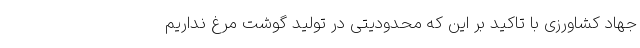
جهاد کشاورزی با تاکید بر این که محدودیتی در تولید گوشت مرغ نداریم